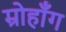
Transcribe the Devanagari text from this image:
म्रोहाँग